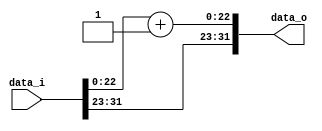
module PlusOneMant(data_i, data_o);
	parameter BUS_WIDTH = 32;
	
	input [BUS_WIDTH - 1:0] data_i;
	output reg [BUS_WIDTH - 1:0] data_o;
	
	always @ (data_i) begin
		data_o = { data_i[31:23], data_i[22:0] + 23'd1 };
	end
endmodule